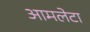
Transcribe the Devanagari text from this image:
आमलेटा